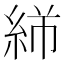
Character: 𬗓